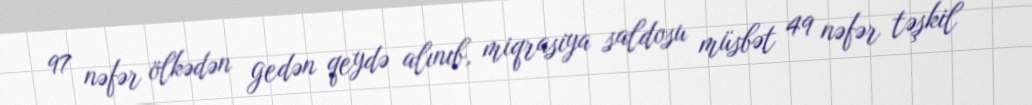
97 nəfər ölkədən gedən qeydə alınıb, miqrasiya saldosu müsbət 49 nəfər təşkil